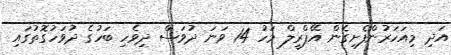
އަދި މިއަހަރުންފެށިގެން އޭޕްރީލް މަހު 14 ވަނަ ދުވަސް ދިވެހި ބަހުގެ ދުވަހުގޮތުގައި